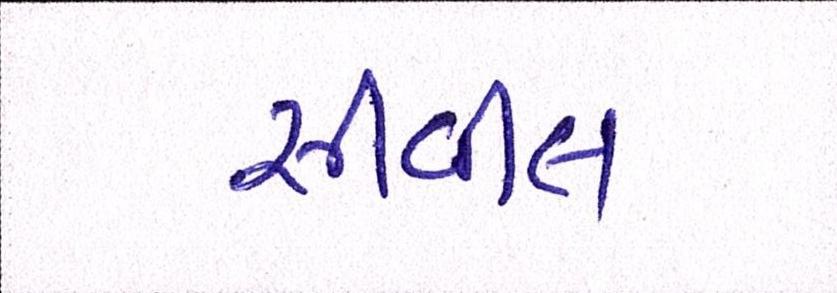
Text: સીવીલ